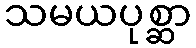
သမယပုစ္ဆာ